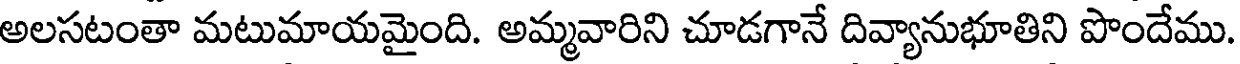
అలసటంతా మటుమాయమైంది. అమ్మవారిని చూడగానే దివ్యానుభూతిని పొందేము.